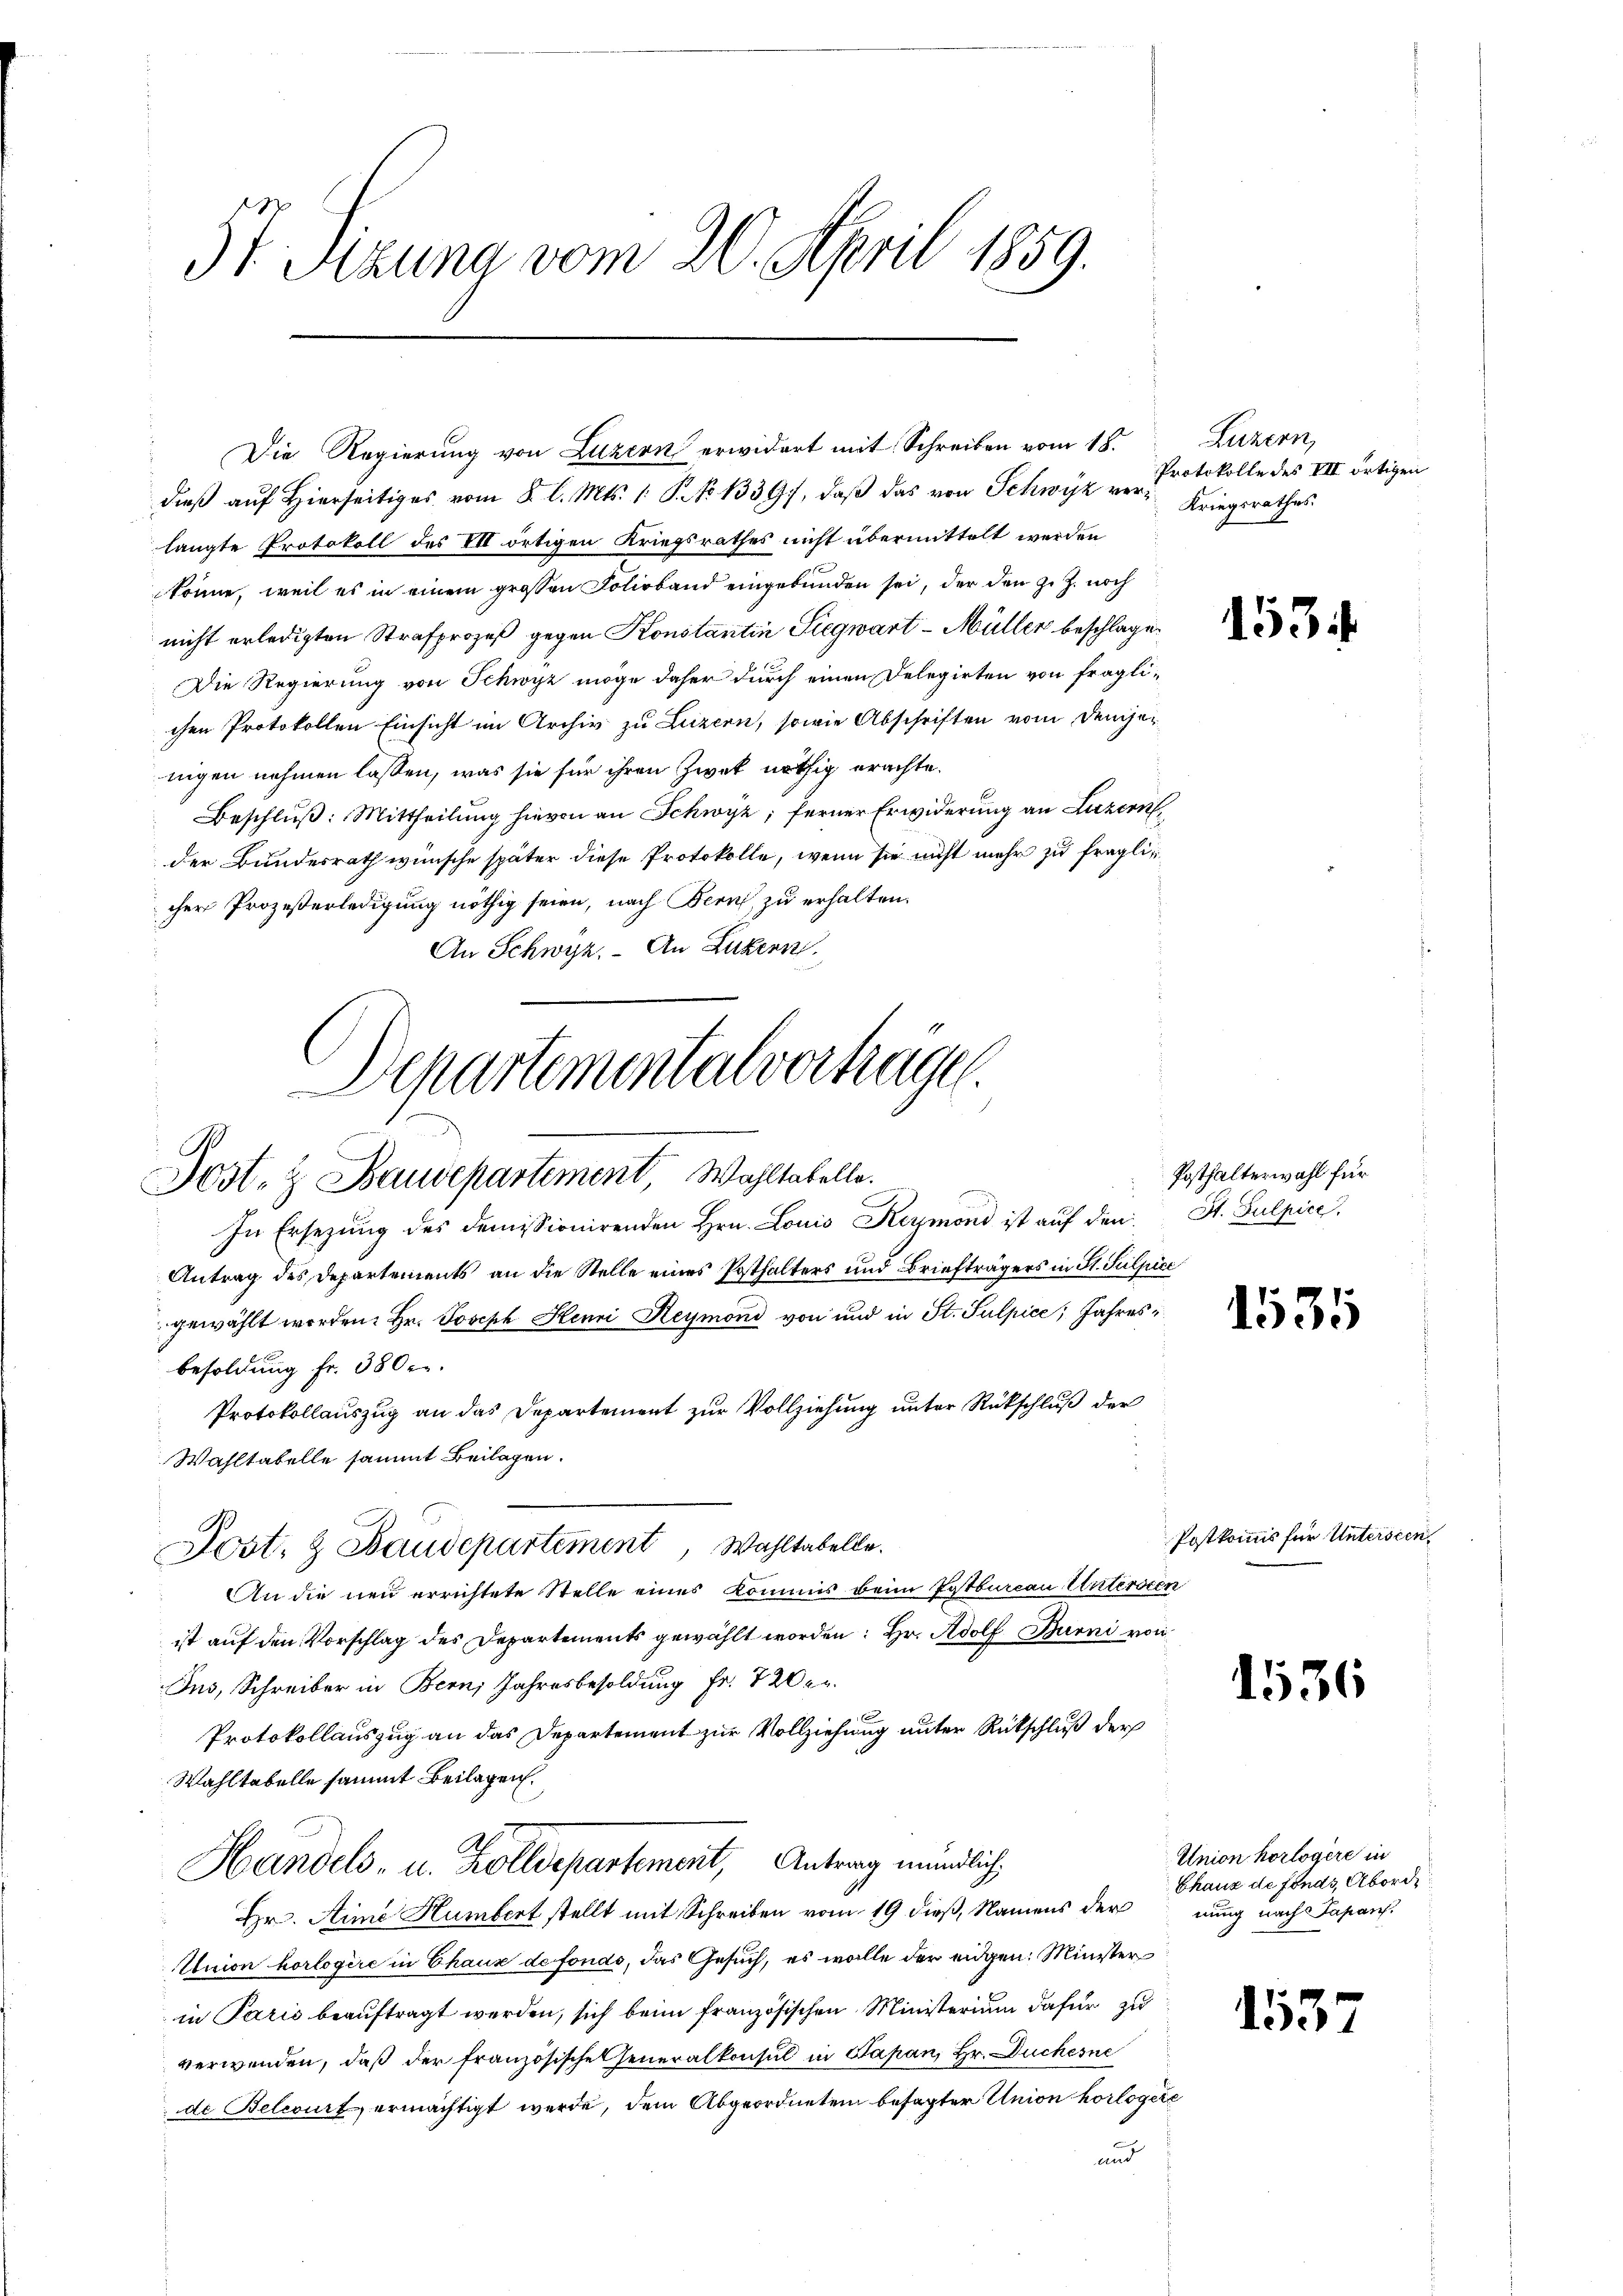
57. Sizung vom 20. April 1859.

Die Regierung von Luzern erwidert mit Schreiben vom 18.
dieß auf Hierseitiges vom 2. l. Mts. 1. S. 13397, daβ das von Schwyz verlangte Protokoll des VII ortigen Kriegsrathes nicht übermittelt werden
könne, weil es in einem grossen Folioband eingebunden sei, der den z. Z. noch
nicht erledigten Strafprozeß gegen Konstantin Siegwart-Müller beschlage
Die Regierung von Schwyz möge daher durch einen Delegirten von fraglichen Protokollen Einsicht im Archiv zu Luzern, sowie Abschriften vom Denser
nigen nehmen lassen, was sie für ihren Zwek nöthig erachte.
Beschluß: Mittheilung hievon an Schwyz; ferner Erwiderung an Luzern
der Bundesrath wünsche später diese Protokolle, wenn sie nicht mehr zu fraglicher Prozeßerledigung nöthig seien, nach Bern, zu erhalten.
An Schwyz. An Luzern.

Departementalvertragen.
.
Jost- & Baudepartement Wohltabelle.

Post- & Baudepartement, Wahltabelle.

Luzern,
Protokolle des III ortigen
Kriegsrathes.

In Ersezung des demissionirenden Hrn. Louis Reymond ist auf den
Antrag des Departements an die Stelle eines Posthalters und Briefträgers in St. Sulpice
gewählt worden. Hr. Joseph Henri Heymond von und in St. Sulpice, Jahresbesoldung fr. 3800.
Protokollauszug an das Departement zur Vollziehung unter Rückschluß der
Wahltabelle sammt Beilagen.
An die neu errichtete Stelle eines Kommis beim Postbureau Untersten
ist auf den Vorschlag des Departements gewählt worden: Hr. Adolf Burni von
Ins, Schreiber in Bern, Jahresbesoldung Fr. 7 20 er
Protokollauszug an das Departement zur Vollziehung unter Rückschluß der
Wahltabelle sammt Beilagen.
Handels- u. Zolldepartement, Antrag mündlich
Hr. Aime Humbert stellt mit Schreiben vom 19 dieß, Namens der
Union horlogire in Chaux de fondo, das Gesuch, es wolle der eidgen. Minister
in Paris beauftragt werden, sich beim französischen Ministerium dafür zu
verwenden, daß der französischeheneralkonsul in Papan, Hr. Duchesne
de Belcourt ermächtigt werde, dem Abgeordneten besagter Union horlogere
und

153.

Posthalterwahl für
St. Gulpice,

1535

Postkommis für Untersien,

1536

1537

Union horlogere in
Chaux de fonds Abord
nung nach Japans